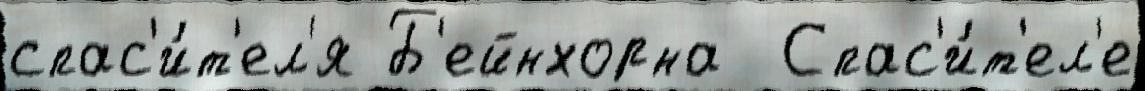
спас'и́т'ел'я Б'ейнхорна  Спас'и́т'ел'е